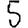
Digit: 5